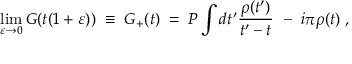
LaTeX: \operatorname * { l i m } _ { \varepsilon \rightarrow 0 } G ( t ( 1 + \varepsilon ) ) \; \equiv \; G _ { + } ( t ) \; = \; { \cal P } \int d t ^ { \prime } \frac { \rho ( t ^ { \prime } ) } { t ^ { \prime } - t } ~ - ~ i \pi \rho ( t ) \; ,